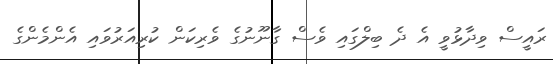
ރައީސް ވިދާޅުވީ އެ ދެ ބިލްގައި ވެސް ގާނޫނުގެ ވެރިކަން ކުރިއަރުވައި އެންމެންގެ